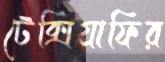
টেক্সিগ্রাফির